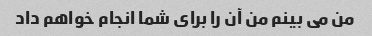
من می بینم من آن را برای شما انجام خواهم داد